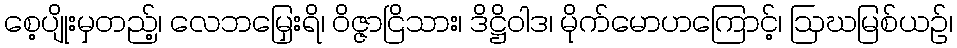
စေ့ပျိုးမှတည့်၊ လေဘမြှေးရိ၊ ဝိဇ္ဇာငြိသား၊ ဒိဋ္ဌိဝါဒ၊ မိုက်မောဟကြောင့်၊ ဩဃမြစ်ယဉ်၊